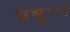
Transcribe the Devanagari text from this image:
प्रभुः।।